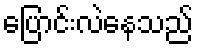
ပြောင်းလဲနေသည်